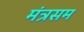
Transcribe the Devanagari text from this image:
मंत्रसम